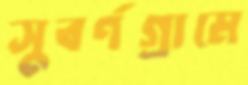
সুবর্ণগ্রামে